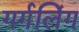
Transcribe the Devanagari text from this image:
गर्गलिंग